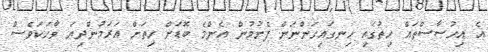
އެ އިހުސާސްތައް ހިތުގައި ހިނގައިގަންނަން ފެށުމުން އެންމެ ބޮޑަށް ހިތަށް އަރަމުންދިޔަ ވާހަކަވެސް